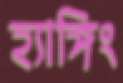
হ্যাঙ্গিং